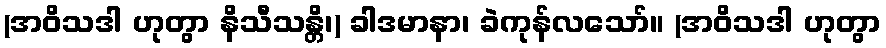
(အဝိသဒါ ဟုတွာ နိသီသန္တိ၊) ခါဒမာနာ၊ ခဲကုန်လသော်။ (အဝိသဒါ ဟုတွာ